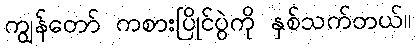
ကျွန်တော် ကစားပြိုင်ပွဲကို နှစ်သက်တယ်။